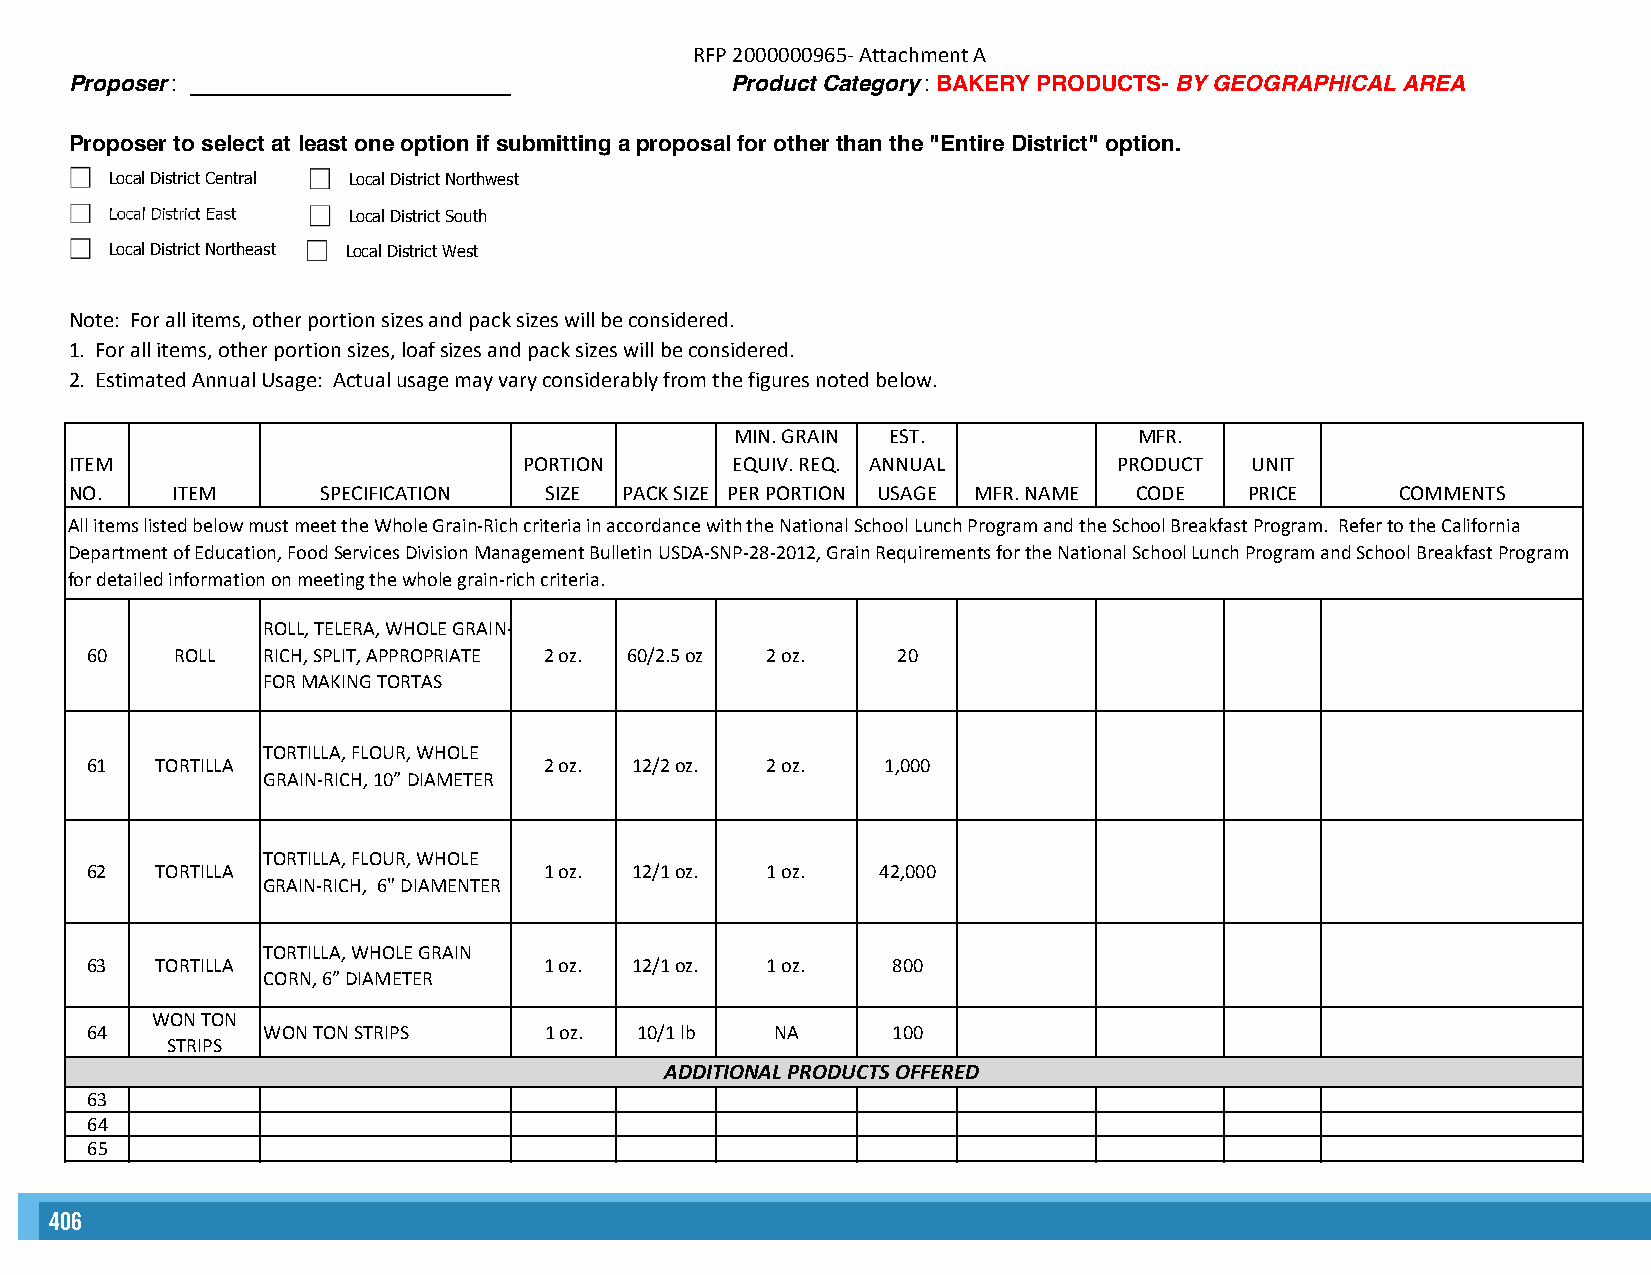
RFP 2000000965- Attachment A
 Proposer: __________________________       Product Category: BAKERY PRODUCTS- BY GEOGRAPHICAL AREA
 Proposer to select at least one option if submitting a proposal for other than the "Entire District" option.
 Local District Central Local District Northwest
 Local District East Local District South
 Local District Northeast Local District West
 Note: For all items, other portion sizes and pack sizes will be considered.
 1. For all items, other portion sizes, loaf sizes and pack sizes will be considered.
 2. Estimated Annual Usage: Actual usage may vary considerably from the figures noted below.
 MIN. GRAIN EST.           MFR.
 ITEM                          PORTION      EQUIV. REQ. ANNUAL        PRODUCT  UNIT
 NO.   ITEM      SPECIFICATION  SIZE PACK SIZE PER PORTION USAGE MFR. NAME CODE PRICE    COMMENTS
 All items listed below must meet the Whole Grain-Rich criteria in accordance with the National School Lunch Program and the School Breakfast Program. Refer to the California
 Department of Education, Food Services Division Management Bulletin USDA-SNP-28-2012, Grain Requirements for the National School Lunch Program and School Breakfast Program
 for detailed information on meeting the whole grain-rich criteria.
 ROLL, TELERA, WHOLE GRAIN-
 60   ROLL  RICH, SPLIT, APPROPRIATE 2 oz. 60/2.5 oz 2 oz. 20
 FOR MAKING TORTAS
 TORTILLA, FLOUR, WHOLE
 61  TORTILLA                  2 oz. 12/2 oz. 2 oz.   1,000
 GRAIN-RICH, 10” DIAMETER
 TORTILLA, FLOUR, WHOLE
 62  TORTILLA                  1 oz. 12/1 oz. 1 oz.  42,000
 GRAIN-RICH, 6" DIAMENTER
 TORTILLA, WHOLE GRAIN
 63  TORTILLA                  1 oz. 12/1 oz. 1 oz.   800
 CORN, 6” DIAMETER
 WON TON
 64         WON TON STRIPS     1 oz. 10/1 lb  NA      100
 STRIPS
 ADDITIONAL PRODUCTS OFFERED
 63
 64
 65
 406